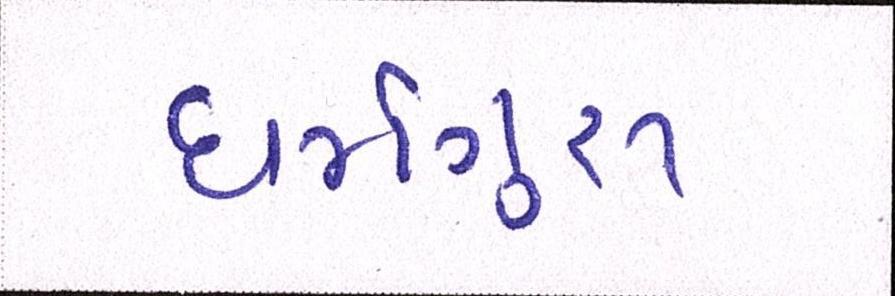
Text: ધર્મગુરૂ